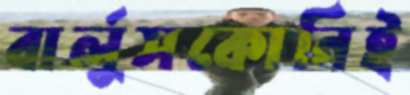
বার্লুসকোনিই